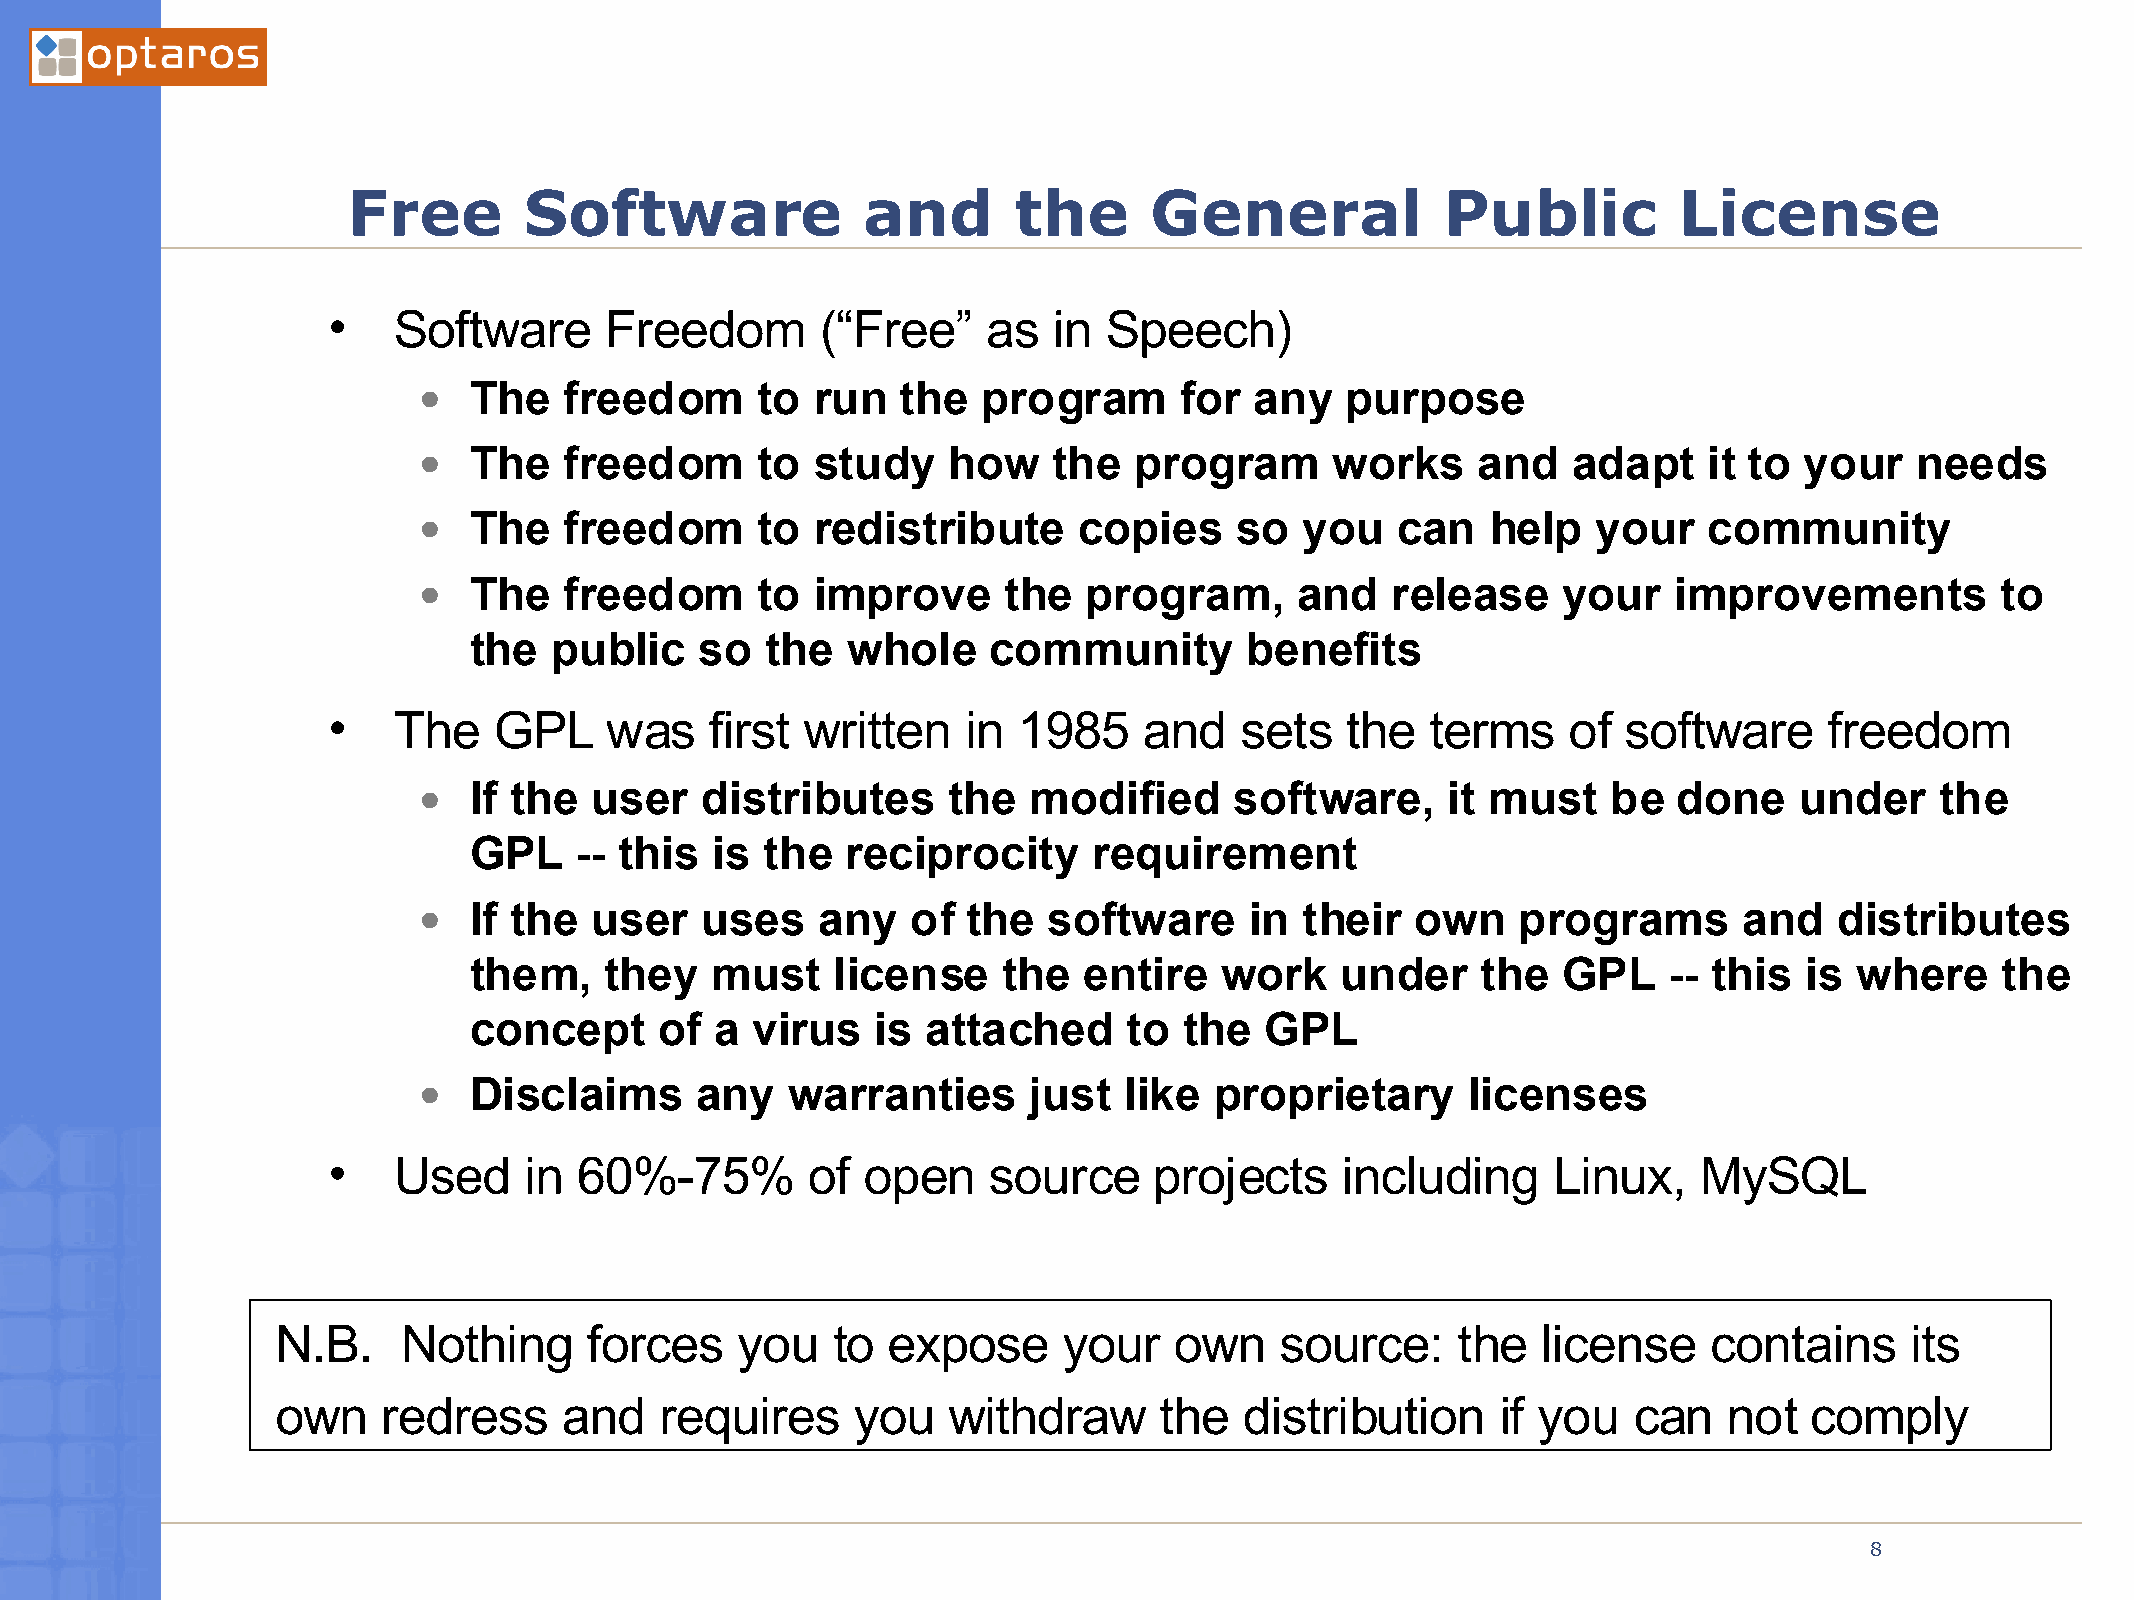
Free        Software              and       the      General             Public         License
 •   Software      Freedom       (“Free”    as   in Speech)
 •  The   freedom      to  run   the  program      for  any   purpose
 •  The   freedom      to  study    how    the  program      works     and   adapt    it to your    needs
 •  The   freedom      to  redistribute     copies     so  you   can    help   your   community
 •  The   freedom      to  improve     the   program,      and   release    your    improvements         to
 the  public    so   the  whole    community        benefits
 •   The    GPL    was    first written    in 1985     and   sets   the   terms    of  software     freedom
 •  If the  user   distributes      the  modified      software,     it must    be  done    under    the
 GPL    -- this  is  the  reciprocity     requirement
 •  If the  user   uses    any   of  the  software      in their   own   programs       and    distributes
 them,    they   must    license    the   entire   work    under    the  GPL    -- this  is  where    the
 concept      of a  virus   is attached      to the   GPL
 •  Disclaims      any   warranties      just  like  proprietary      licenses
 •   Used     in 60%-75%        of  open    source     projects     including     Linux,    MySQL
 N.B.     Nothing     forces    you   to  expose     your    own    source:    the   license    contains     its
 own    redress     and    requires     you   withdraw      the  distribution     if you   can   not   comply
 03/21/2005
 8